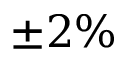
\pm 2 \%